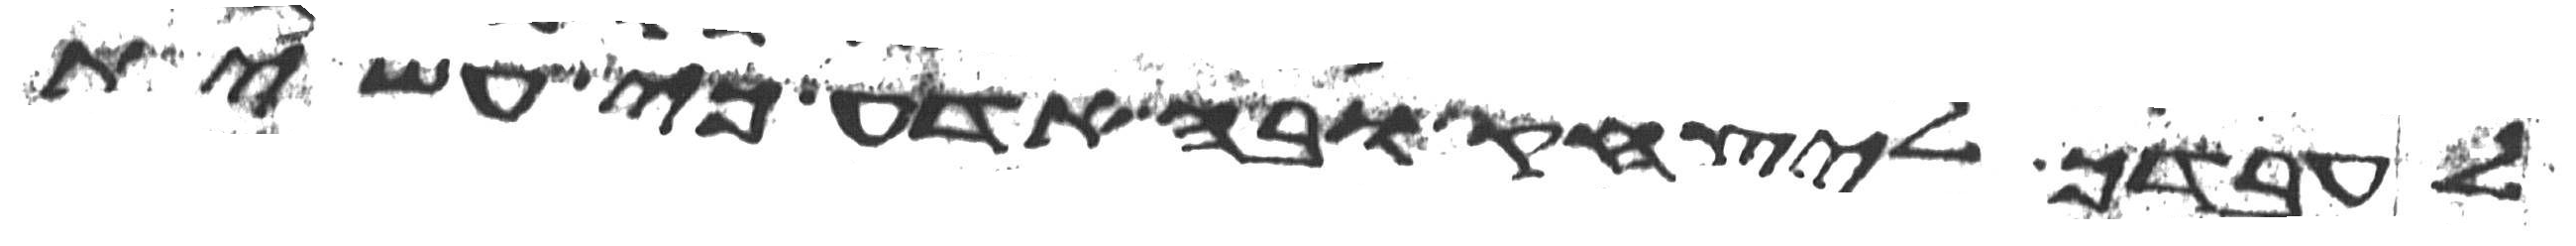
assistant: לעבדך ליצחק ובה אדע כי עשית